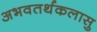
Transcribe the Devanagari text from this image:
अभवतर्थकलासु